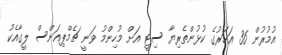
އުމުރުން 36 އަހަރުގެ ކުޅުންތެރިޔާ ސިޓީ އަށް މުހިންމު ވަނީ ޗެމްޕިއަންސް ލީގާއެކު